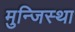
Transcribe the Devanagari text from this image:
मुन्जिस्था